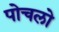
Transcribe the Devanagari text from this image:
पोचलो